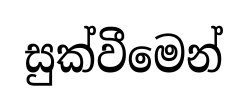
සුක්වීමෙන්